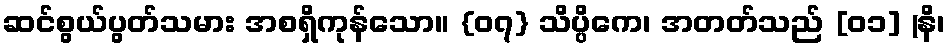
ဆင်စွယ်ပွတ်သမား အစရှိကုန်သော။ {၀၇} သိပ္ပိကေ၊ အတတ်သည် [၀၁] (နိ၊